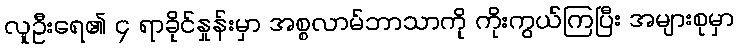
လူဦးရေ၏ ၄ ရာခိုင်နှုန်းမှာ အစ္စလာမ်ဘာသာကို ကိုးကွယ်ကြပြီး အများစုမှာ